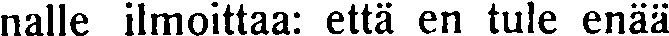
nalle ilmoittaa: että en tule enää